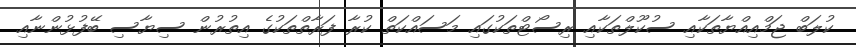
ކުލަބް ޖަމްއިއްޔާތަކާއި ސުކޫލްތަކާއި ރިސޯޓްތަކުގައި މަސައްކަތް ކުރާ ފަރާތްތަކުގެ އިތުރުން ސިޔާސި ބޭފުޅުންނާއި